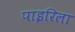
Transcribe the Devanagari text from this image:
पाइरिला